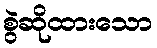
စွဲဆိုထားသော